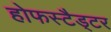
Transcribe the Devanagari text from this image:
होफस्टैड्टर